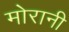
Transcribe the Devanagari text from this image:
मोरानी